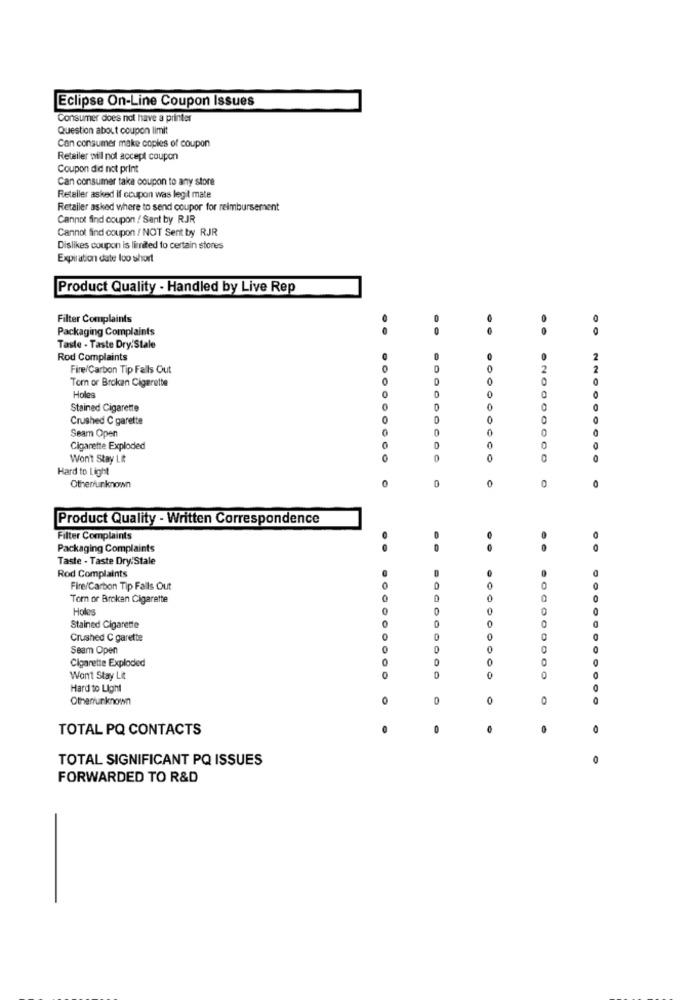
Eclipse On-Line Coupon Issues
Consumer does not have a printer
Question about coupon limit
Con consumer make copies of coupon
Retailer will not accept coupon
Coupon did not print
Can consumer taka coupon to any store
Reteller asked if coupon was legit mate
Retailer asked where to send coupor for reimbursement
Cannot find coupon ! Sent by RJR
Cannot find coupon / NOT Sent by RJR
Dislikes coupon is limited to certain stores
Expiration date loo short
Product Quality - Handled by Live Rep
Filter Complaints
Packaging Complaints
Taste - Taste Dry'Stale
Rod Complaints
2
Fire/Carbon Tip Falls Out
0
2
Tor or Broken Cigarette
0
Holes
0
Stained Cigarette
0
0
Crushed C garette
0
0
Seam Open
0
0
Cigarette Exploded
0
0
Won't Stay Lit
CO
0
0
Hard to Light
0
0
Other/unknown
Product Quality - Written Correspondence
Filter Complaints
.
Packaging Complaints
..
0
Taste - Taste Dry/Stale
Rod Complaints
Fire/Carbon Tip Falls Out
0
O
Tom or Broken Cigarette
Holes
Stained Cigarette
Crushed C garette
Seam Open
Cigarette Exploded
Won't Stay Lit
0
0
Hard to Light
Otherunknown
0
0
TOTAL PQ CONTACTS
0
0
TOTAL SIGNIFICANT PQ ISSUES
FORWARDED TO R&D